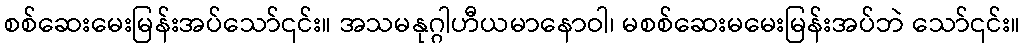
စစ်ဆေးမေးမြန်းအပ်သော်၎င်း။ အသမနုဂ္ဂါဟီယမာနောဝါ၊ မစစ်ဆေးမမေးမြန်းအပ်ဘဲ သော်၎င်း။